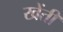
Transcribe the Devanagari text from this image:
खेंती